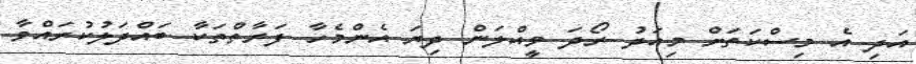
އަދި އެ މިސްކަތަށް މިއަދު ރޯދަ ވީއްލަން ދިޔަ އެންމެހާ ފަރާތްތަކާ ބައްދަލުކުރައްވާ